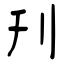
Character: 刋